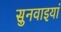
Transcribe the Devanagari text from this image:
सुनवाइयां